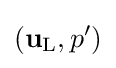
\left(\mathbf {u} _{\text{L}},p'\right)